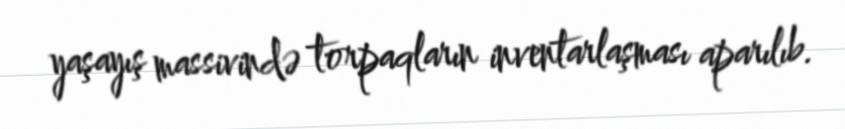
yaşayış massivində torpaqların inventarlaşması aparılıb.